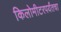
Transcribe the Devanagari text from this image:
किलोमीटरपर्यंतचा